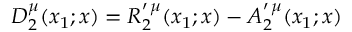
D _ { 2 } ^ { \mu } ( x _ { 1 } ; x ) = R _ { 2 } ^ { \prime \, \mu } ( x _ { 1 } ; x ) - A _ { 2 } ^ { \prime \, \mu } ( x _ { 1 } ; x )